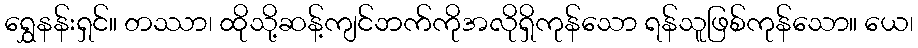
ရွှေနန်းရှင်။ တဿာ၊ ထိုသို့ဆန့်ကျင်ဘက်ကိုအလိုရှိကုန်သော ရန်သူဖြစ်ကုန်သော။ ယေ၊